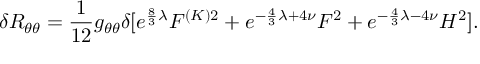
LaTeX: \delta R _ { \theta \theta } = \frac { 1 } { 1 2 } g _ { \theta \theta } \delta [ e ^ { \frac { 8 } { 3 } \lambda } F ^ { ( K ) 2 } + e ^ { - \frac { 4 } { 3 } \lambda + 4 \nu } F ^ { 2 } + e ^ { - \frac { 4 } { 3 } \lambda - 4 \nu } H ^ { 2 } ] .